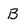
Character: B